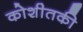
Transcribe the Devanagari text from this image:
कोशीतकी